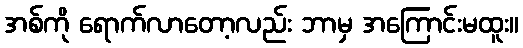
အစ်ကို ရောက်လာတော့လည်း ဘာမှ အကြောင်းမထူး။